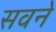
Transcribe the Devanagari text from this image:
सवने